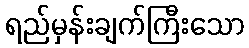
ရည်မှန်းချက်ကြီးသော